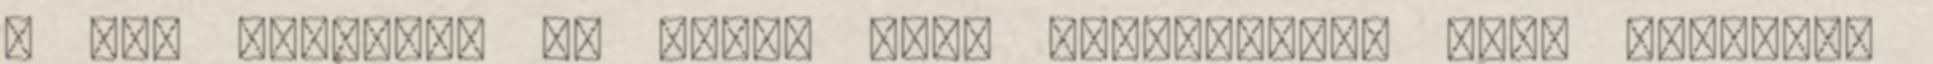
a nap járására és minél több természetes fény irányára